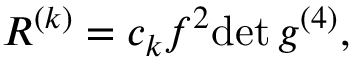
R ^ { ( k ) } = c _ { k } f ^ { 2 } \mathrm { d e t } \, g ^ { ( 4 ) } ,